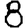
Digit: 8